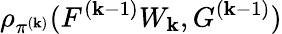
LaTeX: \rho_{\pi^{(\mathbf{k})}}(F^{(\mathbf{k}-1)}W_{\mathbf{k}},G^{(\mathbf{k}-1)})